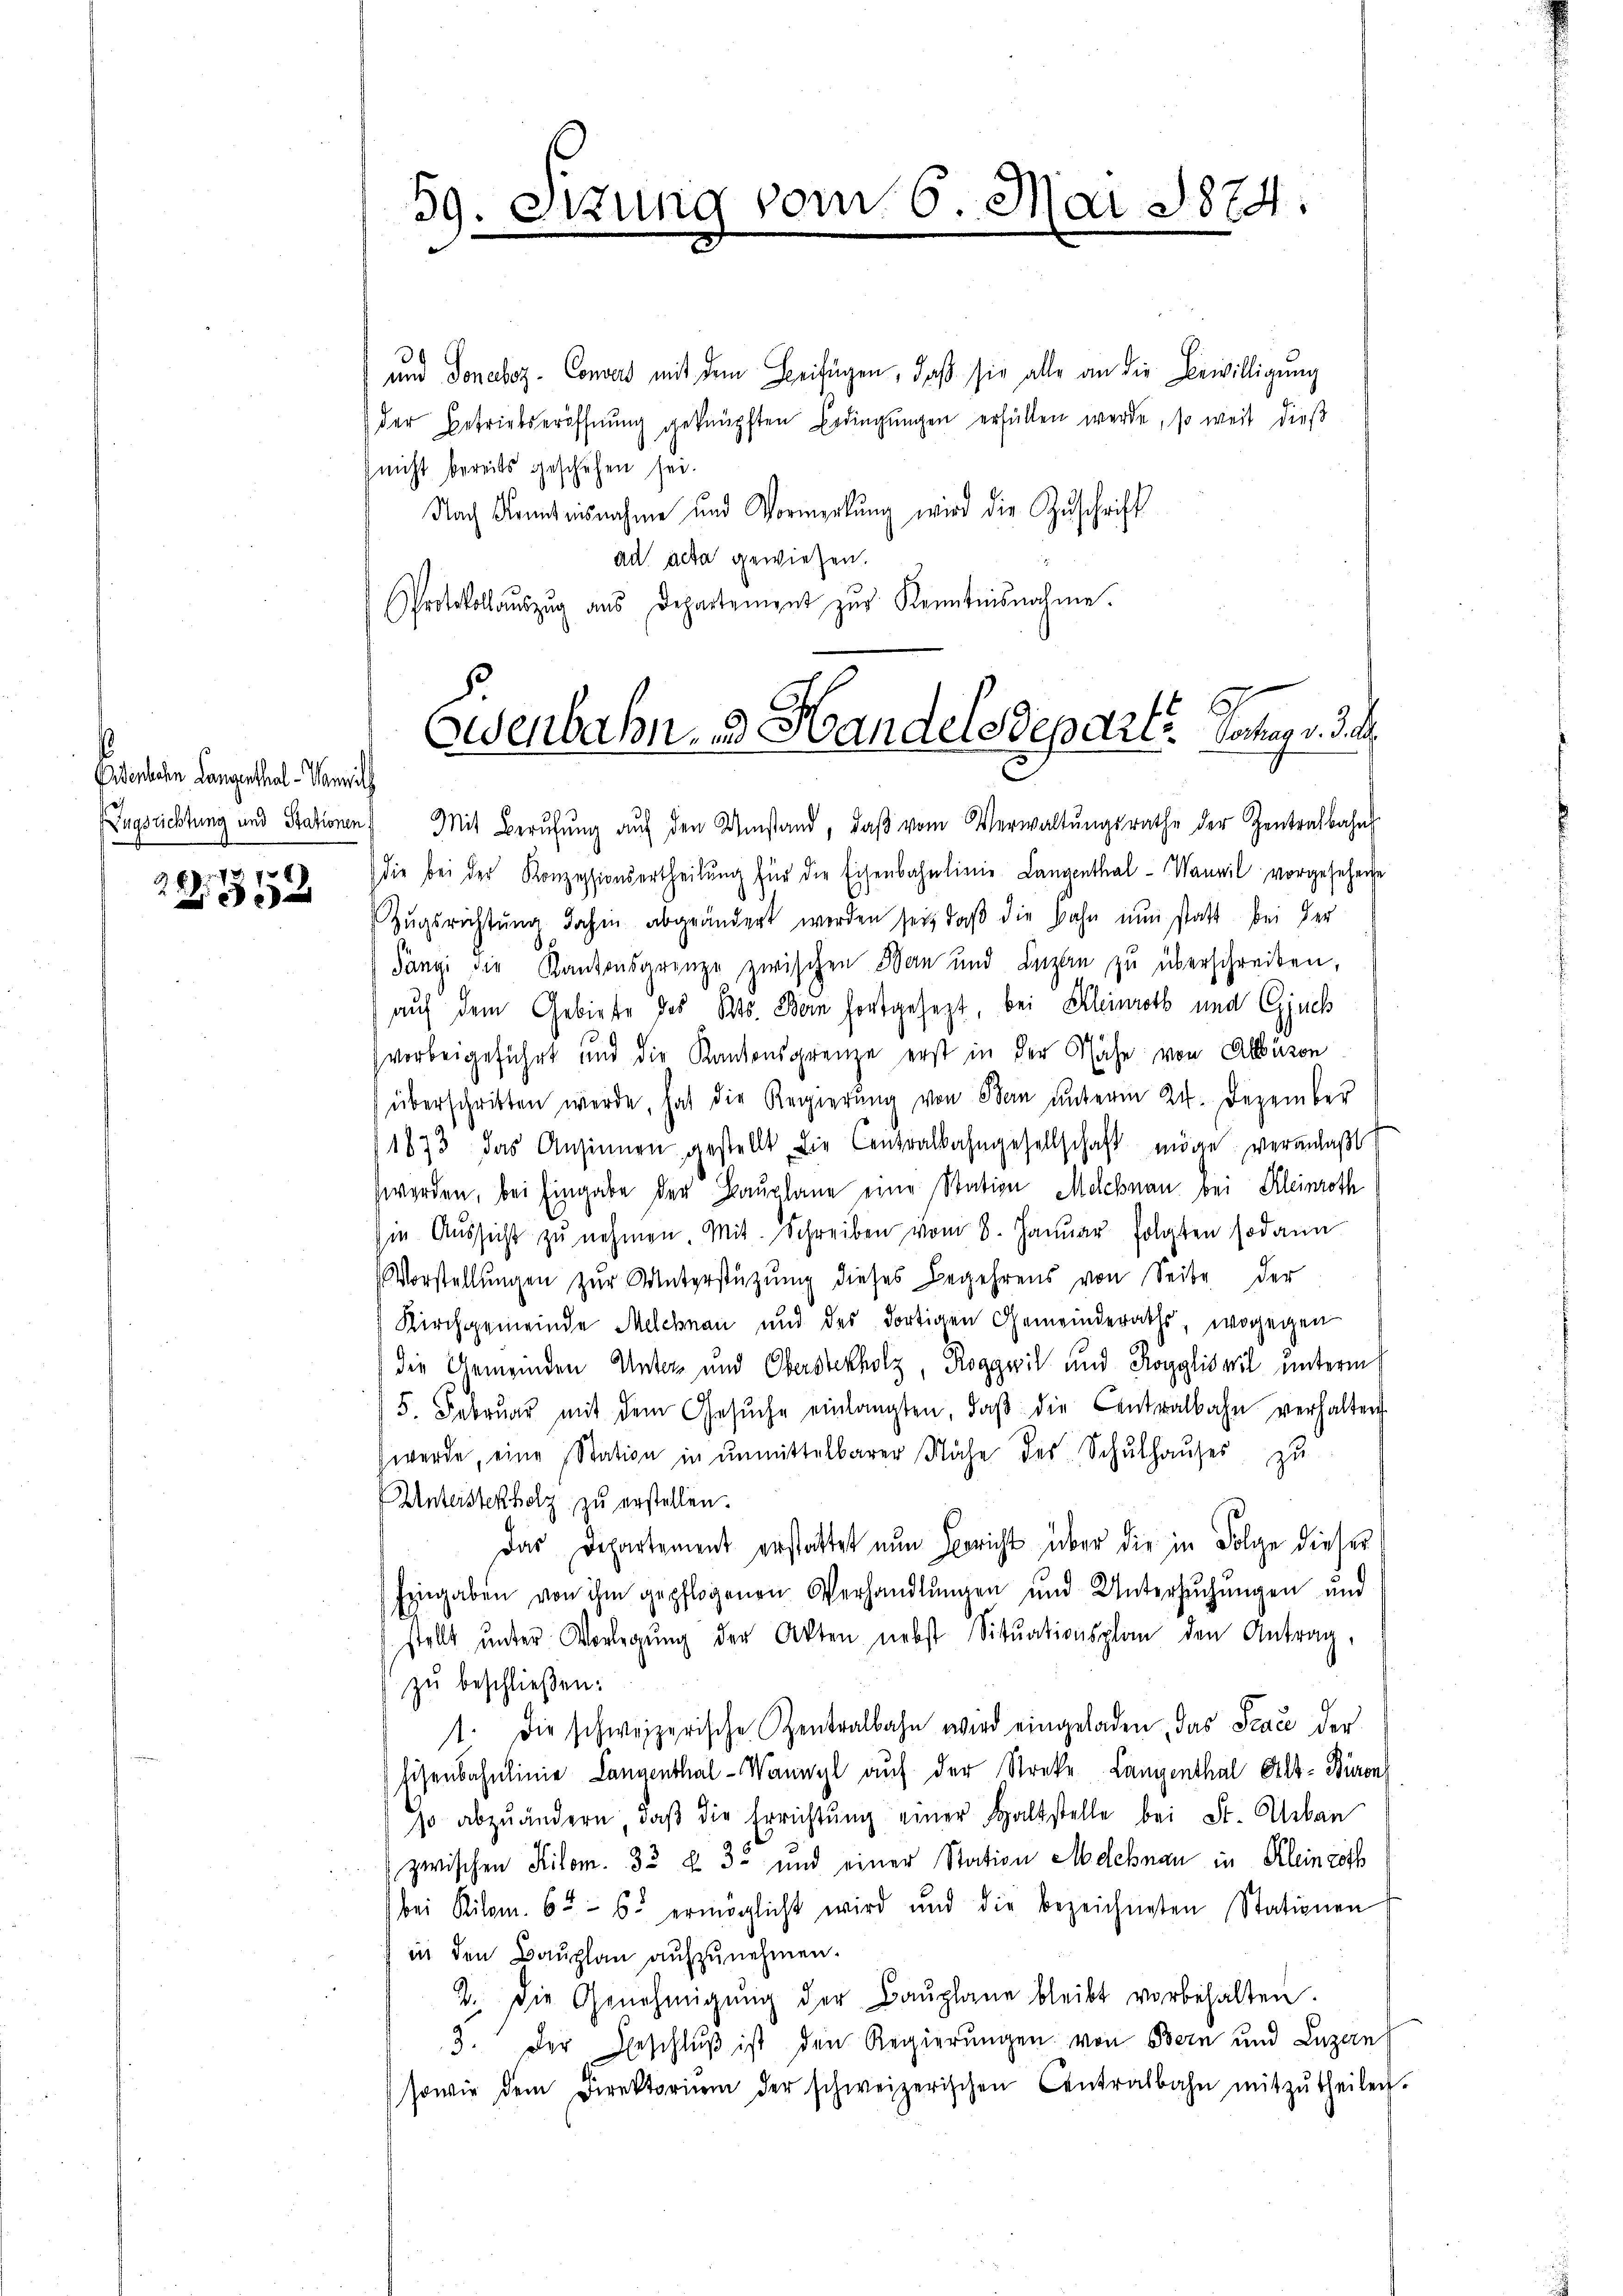
¬
Eisenbache Langenthal - Mariel
20 x

26).
e

59. Sizung vom 6. Mai 1874:

und Jonaboz- Convers mit dem Beifügen, daß sie alle an die Bewilligung
der Betriebseröffnung geknüpften Erdingungen erfüllen werde, so weit dieß
(nicht bereits geschehen sei.
Nach Kenntnisnahme und Vormerkung wird die Zuschrift
ad acta gewiesen.
Protokollaŭszŭg aŭs Departement zŭr Kenntnisnahme.

Eisenbahn, d. Handelsdepart. Dorlag v. J.

Zugsrichtung und Stationen) Mit Berŭfŭng aŭf den Umstand, daβ vom Verwaltŭngsrathe der Zentralbahn
die bei der Konzeptionsertheilung für die Eisenbahnlinie Langenthal-Wauvil vorgesehene
Zugsrichtung dahin abgeändert werden sei, daß die Bahn nun statt bei der
Pangi die Kantonsgrenze zwischen Bern und Lezten zu überschreiben,
auf dem Gebiete des Kts. Bern fortgesezt, bei Kleinroth und Gesuch
vorbeigeführt und die Kantonsgrene erst in der Nähe von Allüren
überschritten werde, hat die Regierŭng von Bern ŭnterm 24. Dezember
1873 das Ansinnen gestellt die Centralbahngesellschaft möge veranlaßt
werden, bei Eingabe der Bauplane eine Station Melchnau bei Kleinroth
sin Aŭssicht zŭ nehmen. Mit Schreiben vom 8. Januar folgten sodann
Vorstellŭngen zŭr Unterstützung dieses Begehrens von Seite der
Kirchgemeinde Melchnau und des dortigen Gemeinderaths, wogegen
die Gemeinden Unter und Obersterholz, Roggwil und Korgliswil unterm
5. Febrŭar mit dem Gesŭche einlangten, daβ die Centralbahn verhalten
werde, eine Station in ŭnmittelbarer Nähe des Schŭlhaŭses zu
Unterstenholz zu erstellen.
Das Departement erstattet nun Bericht über die in Folge dieser
Eingaben von ihm gepflogenen Verhandlungen und Untersuchungen und
stellt ŭnter Vorlegŭng der Akten nebst Sitŭationsplan den Antrag,
zŭ beschließen:
1. die schweizerische Centralbahn wird eingeladen, das Trace der
Eisenbahnlinie Langenthal-Wannyl auf der Streke Langenthal Alt-Büren
so abzuändern, daβ die Errichtŭng einer haltstelle bei St. Urban
zwischen Kilom. 33 x 32 und einer Station Melchnau in Kleinröth
bei Kilom. 65 - 6. ermöglicht wird und die bezeichneten Stationen
in den Bauplan aufzunehmen.
2. Die Genehmigŭng der Baŭplane bleibt vorbehalten.
3. Der Beschluß ist den Regierungen von Bern und Luzern
sowie dem Direktoriŭm der schweizerischen Centralbahn mitzŭtheilen.